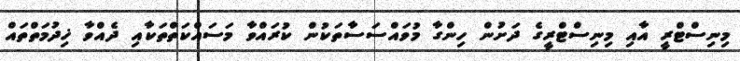
މިނިސްޓްރީ އާއި މިނިސްޓްރީގެ ދަށުން ހިންގާ މުވައްސަސާތަކުން ކުރައްވާ މަސައްކަތްތަކާއި ދެއްވާ ޚިދުމަތްތައް